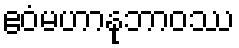
ဧဝံမဟာနုဘာဝဿ